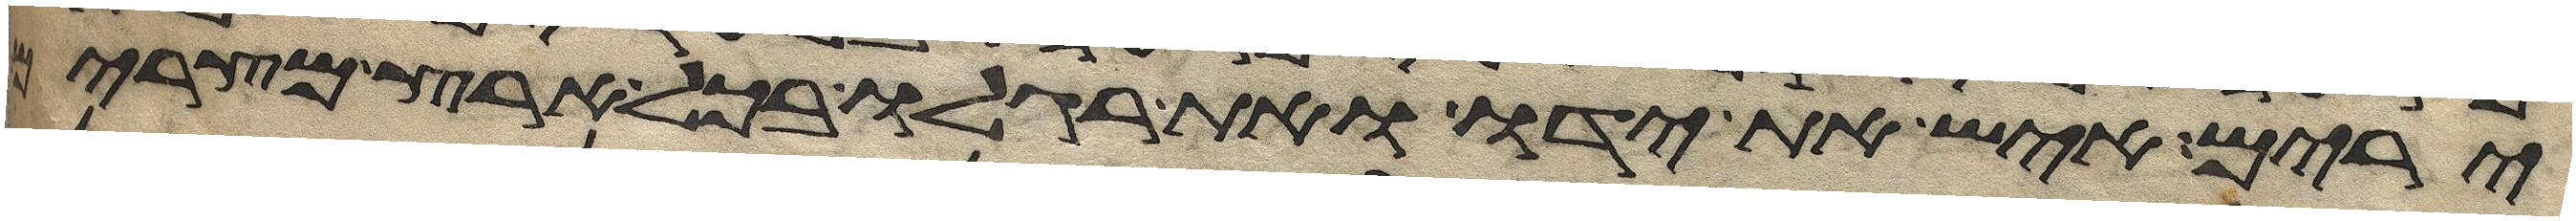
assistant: ירים איש את ידו ואת רגלו בכל ארץ מצרים